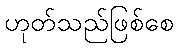
ဟုတ်သည်ဖြစ်စေ